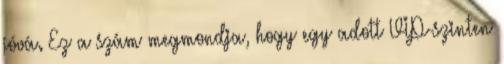
jóvá. Ez a szám megmondja, hogy egy adott VIP-szinten